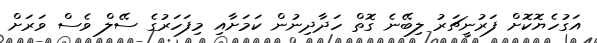
އަގުހެޔޮކޮށް ފަރުނީޗަރު ލިބޭނެ ގޮތް ހަދާދިނުން ކަމަށާއި މިފަހަރުގެ ސޭލް ވެސް ވަރަށް